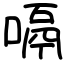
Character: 嗝